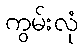
ကွမ်းလုံ